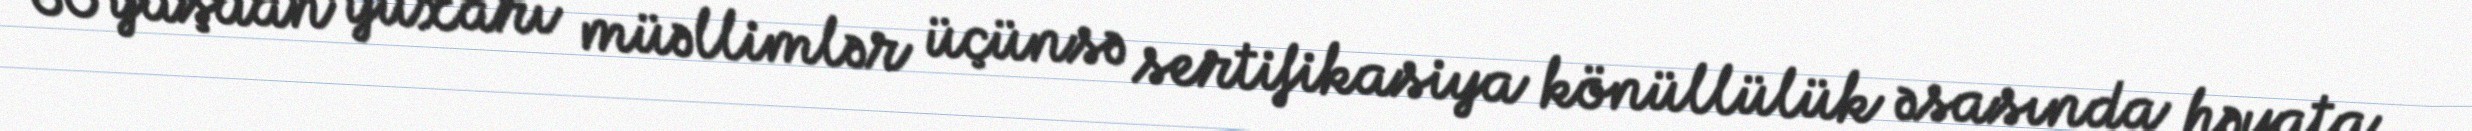
60 yaşdan yuxarı müəllimlər üçünsə sertifikasiya könüllülük əsasında həyata